Insane asylums in Bengal annual reports 1876-1887 - 1876-1887
Year: 1876
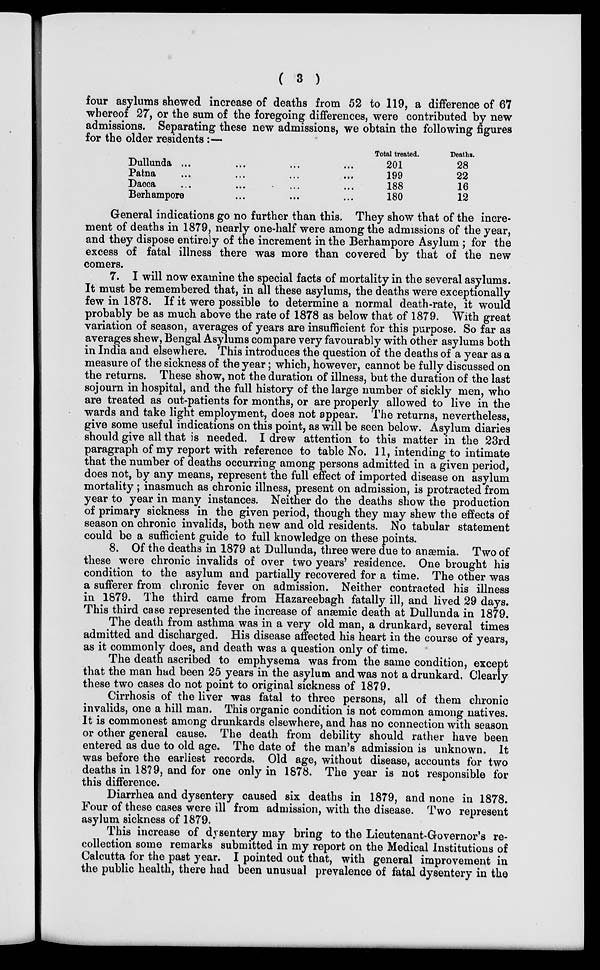
( 3 )
four asylums shewed increase of deaths from 52 to 119, a difference of 67
whereof 27, or the sum of the foregoing differences, were contributed by new
admissions. Separating these new admissions, we obtain the following figures
for the older residents :—
Dullunda ... ... ... ...
Patna ... ... ... ...
Dacca ... ... ... ...
Berhampore ... ... ...
Total treated.
201
199
188
180
Deaths.
28
22
16
12
General indications go no further than this. They show that of the incre-
ment of deaths in 1879, nearly one-half were among the admissions of the year,
and they dispose entirely of the increment in the Berhampore Asylum ; for the
excess of fatal illness there was more than covered by that of the new
comers.
7. I will now examine the special facts of mortality in the several asylums.
It must be remembered that, in all these asylums, the deaths were exceptionally
few in 1878. If it were possible to determine a normal death-rate, it would
probably be as much above the rate of 1878 as below that of 1879. With great
variation of season, averages of years are insufficient for this purpose. So far as
averages shew, Bengal Asylums compare very favourably with other asylums both
in India and elsewhere. This introduces the question of the deaths of a year as a
measure of the sickness of the year; which, however, cannot be fully discussed on
the returns. These show, not the duration of illness, but the duration of the last
sojourn in hospital, and the full history of the large number of sickly men, who
are treated as out-patients for months, or are properly allowed to live in the
wards and take light employment, does not appear. The returns, nevertheless,
give some useful indications on this point, as will be seen below. Asylum diaries
should give all that is needed. I drew attention to this matter in the 23rd
paragraph of my report with reference to table No. 11, intending to intimate
that the number of deaths occurring among persons admitted in a given period,
does not, by any means, represent the full effect of imported disease on asylum
mortality ; inasmuch as chronic illness, present on admission, is protracted from
year to year in many instances. Neither do the deaths show the production
of primary sickness in the given period, though they may shew the effects of
season on chronic invalids, both new and old residents. No tabular statement
could be a sufficient guide to full knowledge on these points.
8. Of the deaths in 1879 at Dullunda, three were due to anæmia. Two of
these were chronic invalids of over two years' residence. One brought his
condition to the asylum and partially recovered for a time. The other was
a sufferer from chronic fever on admission. Neither contracted his illness
in 1879. The third came from Hazareebagh fatally ill, and lived 29 days.
This third case represented the increase of anæmic death at Dullunda in 1879.
The death from asthma was in a very old man, a drunkard, several times
admitted and discharged. His disease affected his heart in the course of years,
as it commonly does, and death was a question only of time.
The death ascribed to emphysema was from the same condition, except
that the man had been 25 years in the asylum and was not a drunkard. Clearly
these two cases do not point to original sickness of 1879.
Cirrhosis of the liver was fatal to three persons, all of them chronic
invalids, one a hill man. This organic condition is not common among natives.
It is commonest among drunkards elsewhere, and has no connection with season
or other general cause. The death from debility should rather have been
entered as due to old age. The date of the man's admission is unknown. It
was before the earliest records. Old age, without disease, accounts for two
deaths in 1879, and for one only in 1878. The year is not responsible for
this difference.
Diarrhea and dysentery caused six deaths in 1879, and none in 1878.
Four of these cases were ill from admission, with the disease. Two represent
asylum sickness of 1879.
This increase of dysentery may bring to the Lieutenant-Governor's re-
collection some remarks submitted in my report on the Medical Institutions of
Calcutta for the past year. I pointed out that, with general improvement in
the public health, there had been unusual prevalence of fatal dysentery in the